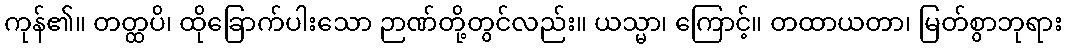
ကုန်၏။ တတ္ထပိ၊ ထိုခြောက်ပါးသော ဉာဏ်တို့တွင်လည်း။ ယသ္မာ၊ ကြောင့်။ တထာယတာ၊ မြတ်စွာဘုရား